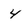
Character: 4